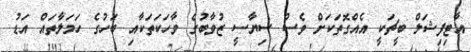
އާޓިފިޝަލް ބީޗަކީ އެއްގޮތަކަށް ވެސް ސިޔާސީ ޒުވާބުގެ ވާހަކަތަކާއި ބަހުގެ ހަމަލާތައް އަޑު